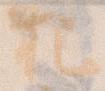
把